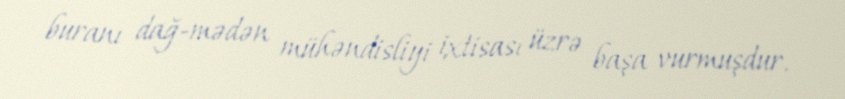
buranı dağ-mədən mühəndisliyi ixtisası üzrə başa vurmuşdur.